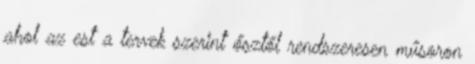
ahol az est a tervek szerint ősztől rendszeresen műsoron